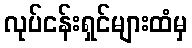
လုပ်ငန်းရှင်များထံမှ